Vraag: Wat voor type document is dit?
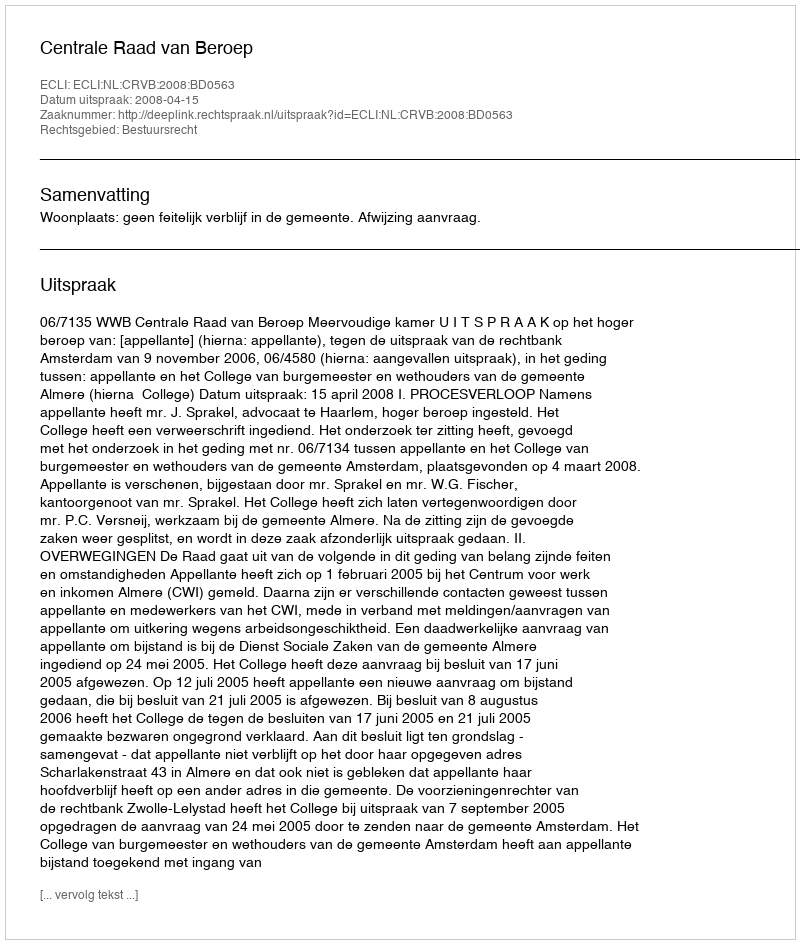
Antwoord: Uitspraak